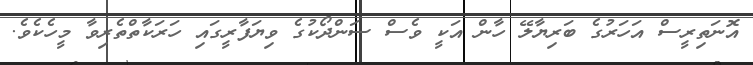
އޮނަތިރީސް އަހަރުގެ ބަރިޔާލޭ ހާން އަކީ ވެސް ސަންދޯކުގެ ވިޔަފާރީގައި ހަރަކާތްތެރިވާ މީހެކެވެ.